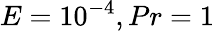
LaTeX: E=10^{-4},Pr=1